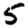
Digit: 5